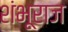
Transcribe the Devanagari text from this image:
शंभूराज